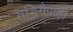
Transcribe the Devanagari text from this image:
तड़िगैपाड़ी